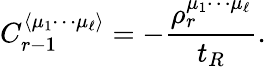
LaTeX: C_{r-1}^{\langle\mu_{1}\cdots\mu_{\ell}\rangle}=-\frac{\rho_{r}^{\mu_{1}\cdots\mu_{\ell}}}{t_{R}}.